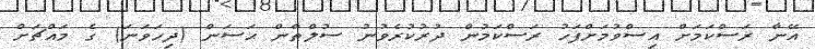
އޭނާ ރަސްކަމަށް އިސްވުމަށްފަހު ރަސްކަމުން ދުރުކުރެވުނު ސުލްޠާން ޙަސަން (ދިހަވަނަ) ގެ މައްޗަށް